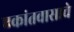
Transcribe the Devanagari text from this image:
एकांतवासाचे